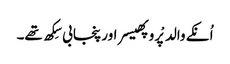
اُنکے والد پْروپھیسر اور پنجابی سِکھ تھے۔